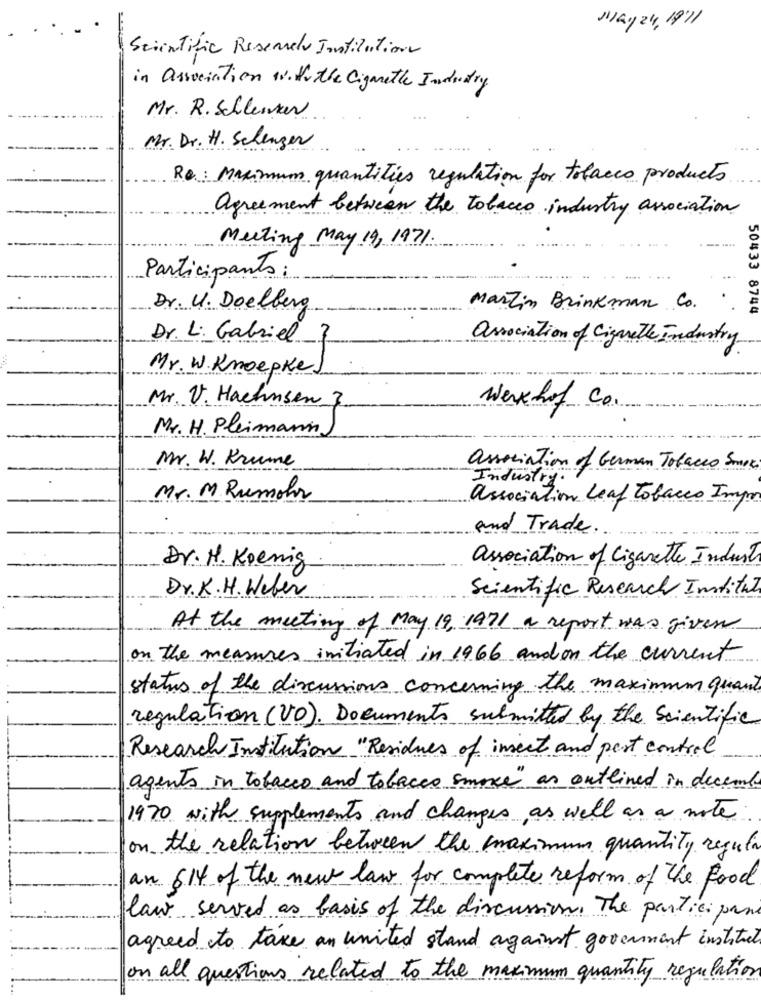
May 24, 1971
Scientific Reserves Institution
in association With the Cigarette Industry
Mr. R. Schlenker
Mr. Dr. H. Schengen
Re: Maximum quantities regulation for tobacco products
agreement between the tobacco industry association
Meeting May 19, 1971.
Participants :
Dr. U. Doelberg
Martin Brinkman Co.
50433 8744
Dr. L: Gabriel 7
association of Cigarette Industry
Mr. W. KnoepkeJ
Mr. V. Hachusen 3
werkhof Co.
Mr. H. Pleimann
Mr. W. Krume
association of German Tobacco Sure
Industry .
Mr. M.Rumohr
association Leaf Tobacco Impro
and Trade.
Dr. H. Koenig
association of Cigarette Industr
Dr. K. H. Weber
Scientific Research Institut
At the meeting of May 19, 1971 a report was given
on the measures initiated in 1966 and on the current
status of the discussions concerning the maximum quant
regulation (VO). Documents submitted by the Scientific
Research Institution "Residues of insect and pest control
agents in tobacco and tobacco smoke" as outlined in decemb
1970 with supplements and changes as well as a note
on the relation between the maximum quantity regula
an 614 of the new law for complete reform of the food
law served as basis of the discussion. The participant
agreed to take an united stand against government institut
on all questions related to the maximum quantity regulation